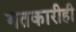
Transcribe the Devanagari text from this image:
गतकारीही